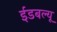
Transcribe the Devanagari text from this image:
ईडबल्यू